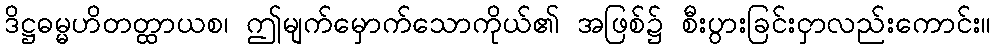
ဒိဋ္ဌဓမ္မဟိတတ္ထာယစ၊ ဤမျက်မှောက်သောကိုယ်၏ အဖြစ်၌ စီးပွားခြင်းငှာလည်းကောင်း။